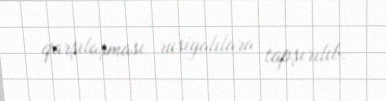
qarşılaşması rusiyalılara tapşırılıb.